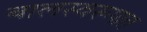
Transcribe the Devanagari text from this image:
बालस्वरूपात